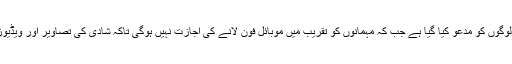
دونوں کی شادی میں صرف 30 لوگوں کو مدعو کیا گیا ہے جب کہ مہمانوں کو تقریب میں موبائل فون لانے کی اجازت نہیں ہوگی تاکہ شادی کی تصاویر اور ویڈیوز سوشل میڈیا پر لیک نہ ہوجائیں۔